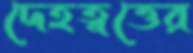
দেহত্বত্তের